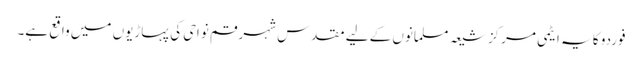
فوردو کا یہ ایٹمی مرکز شیعہ مسلمانوں کے لیے مقدس شہر قم نواحی کی پہاڑیوں میں واقع ہے۔